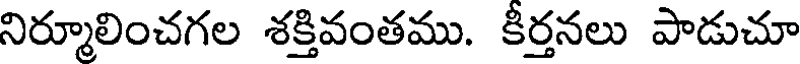
నిర్మూలించగల శక్తివంతము. కీర్తనలు పాడుచూ